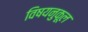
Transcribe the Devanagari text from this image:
विषयनुकूल